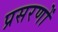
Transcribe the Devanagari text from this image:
प्रसरणों